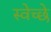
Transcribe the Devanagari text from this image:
स्वेच्छे